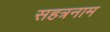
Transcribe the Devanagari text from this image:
सहत्रनाम